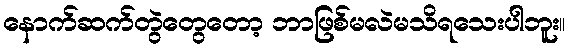
နောက်ဆက်တွဲတွေတော့ ဘာဖြစ်မလဲမသိရသေးပါဘူး။